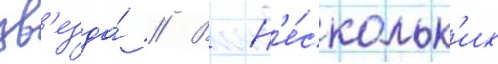
зв'езда́ // В н'е́скольк'их